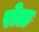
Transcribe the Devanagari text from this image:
रोळ